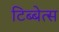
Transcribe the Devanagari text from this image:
टिब्बेत्स